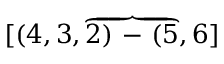
[ ( 4 , 3 , \overbrace { 2 ) \mathrm { ~ - ~ } ( 5 } , 6 ]